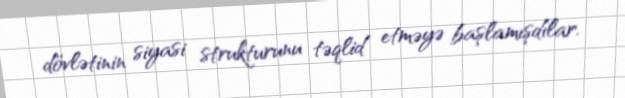
dövlətinin siyasi strukturunu təqlid etməyə başlamışdılar.